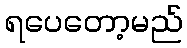
ရပေတော့မည်